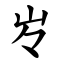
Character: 㞮